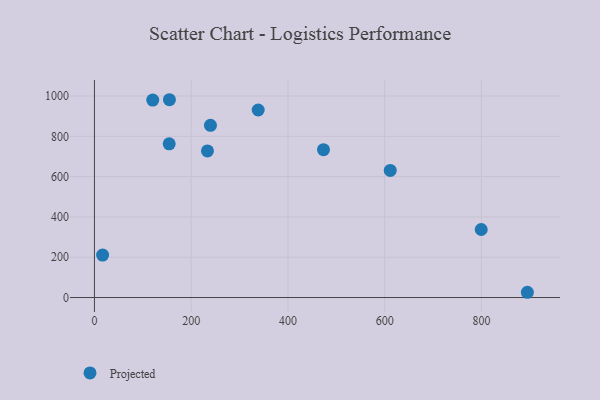
{"axis": {"x": "Price", "y": "Yield"}, "legend": ["Projected"], "data": [{"x": "338.5", "y": 930.5, "type": "Projected"}, {"x": "233.6", "y": 727.7, "type": "Projected"}, {"x": "895.0", "y": 26.1, "type": "Projected"}, {"x": "154.5", "y": 762.7, "type": "Projected"}, {"x": "155.0", "y": 981.6, "type": "Projected"}, {"x": "120.5", "y": 979.9, "type": "Projected"}, {"x": "239.8", "y": 854.7, "type": "Projected"}, {"x": "611.5", "y": 630.9, "type": "Projected"}, {"x": "799.6", "y": 337.7, "type": "Projected"}, {"x": "473.5", "y": 733.9, "type": "Projected"}, {"x": "16.9", "y": 210.6, "type": "Projected"}]}